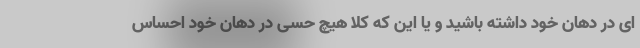
ای در دهان خود داشته باشید و یا این که کلا هیچ حسی در دهان خود احساس